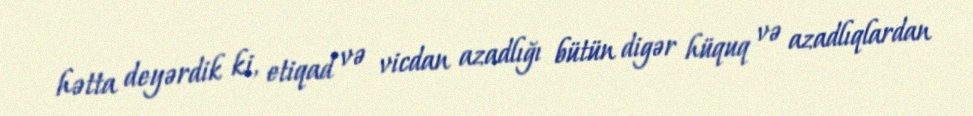
hətta deyərdik ki, etiqad və vicdan azadlığı bütün digər hüquq və azadlıqlardan